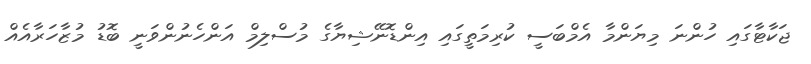
ޖަކާޓާގައި ހުންނަ މިޔަންމާ އެމްބަސީ ކުރިމަތީގައި އިންޑޮނޭޝިޔާގެ މުސްލިމް އަންހެނުންވަނީ ބޮޑު މުޒާހަރާއެއް